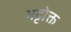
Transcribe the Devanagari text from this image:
भट्टोक्त